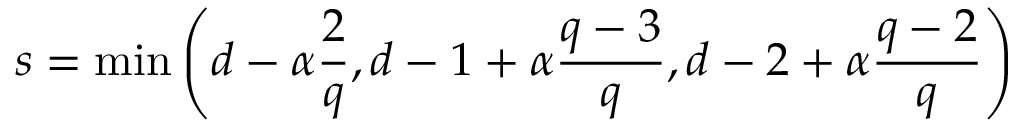
s = \operatorname* { m i n } \left( d - \alpha \frac { 2 } { q } , d - 1 + \alpha \frac { q - 3 } { q } , d - 2 + \alpha \frac { q - 2 } { q } \right)